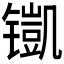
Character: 𮸢